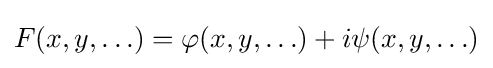
F(x,y,\ldots )=\varphi (x,y,\ldots )+i\psi (x,y,\ldots )